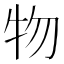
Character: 物